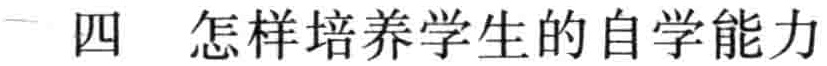
四 怎样培养学生的自学能力